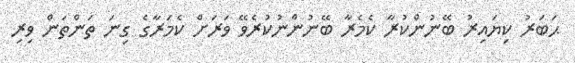
ޙަބަރު ކިޔައިރު ބޭނުންކުރާ ކެމެރާ ބޭނުންނުކުރެވޭ ވަރަށް ކެމަރާގެ ގިނަ ތަންތަން ވިރި